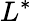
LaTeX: L^{\ast}